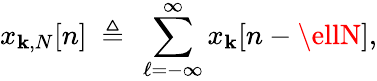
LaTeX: x_{\mathbf{k},N}[n]\ \triangleq\ \sum_{\ell=-\infty}^{\infty}x_{\mathbf{k}}[n-\ellN],